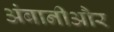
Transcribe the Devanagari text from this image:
अंबानीऔर